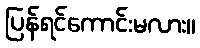
ပြန်ရင်ကောင်းမလား။